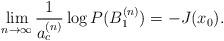
LaTeX: \begin{align*}\lim_{n\to\infty}\frac{1}{a_c^{(n)}}\log P(B_1^{(n)})=-J(x_0).\end{align*}